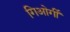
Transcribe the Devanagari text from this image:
गिओर्गी